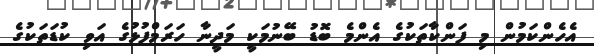
އެހެންކަމުން މި ފަންކާތަކުގެ އެންމެ ބޮޑު ބޭނުމަކީ މަދީނާ ހަރަމްފުޅުގެ އަވި ކުޑަތަކުގެ